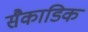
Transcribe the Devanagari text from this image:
सैकाडिक